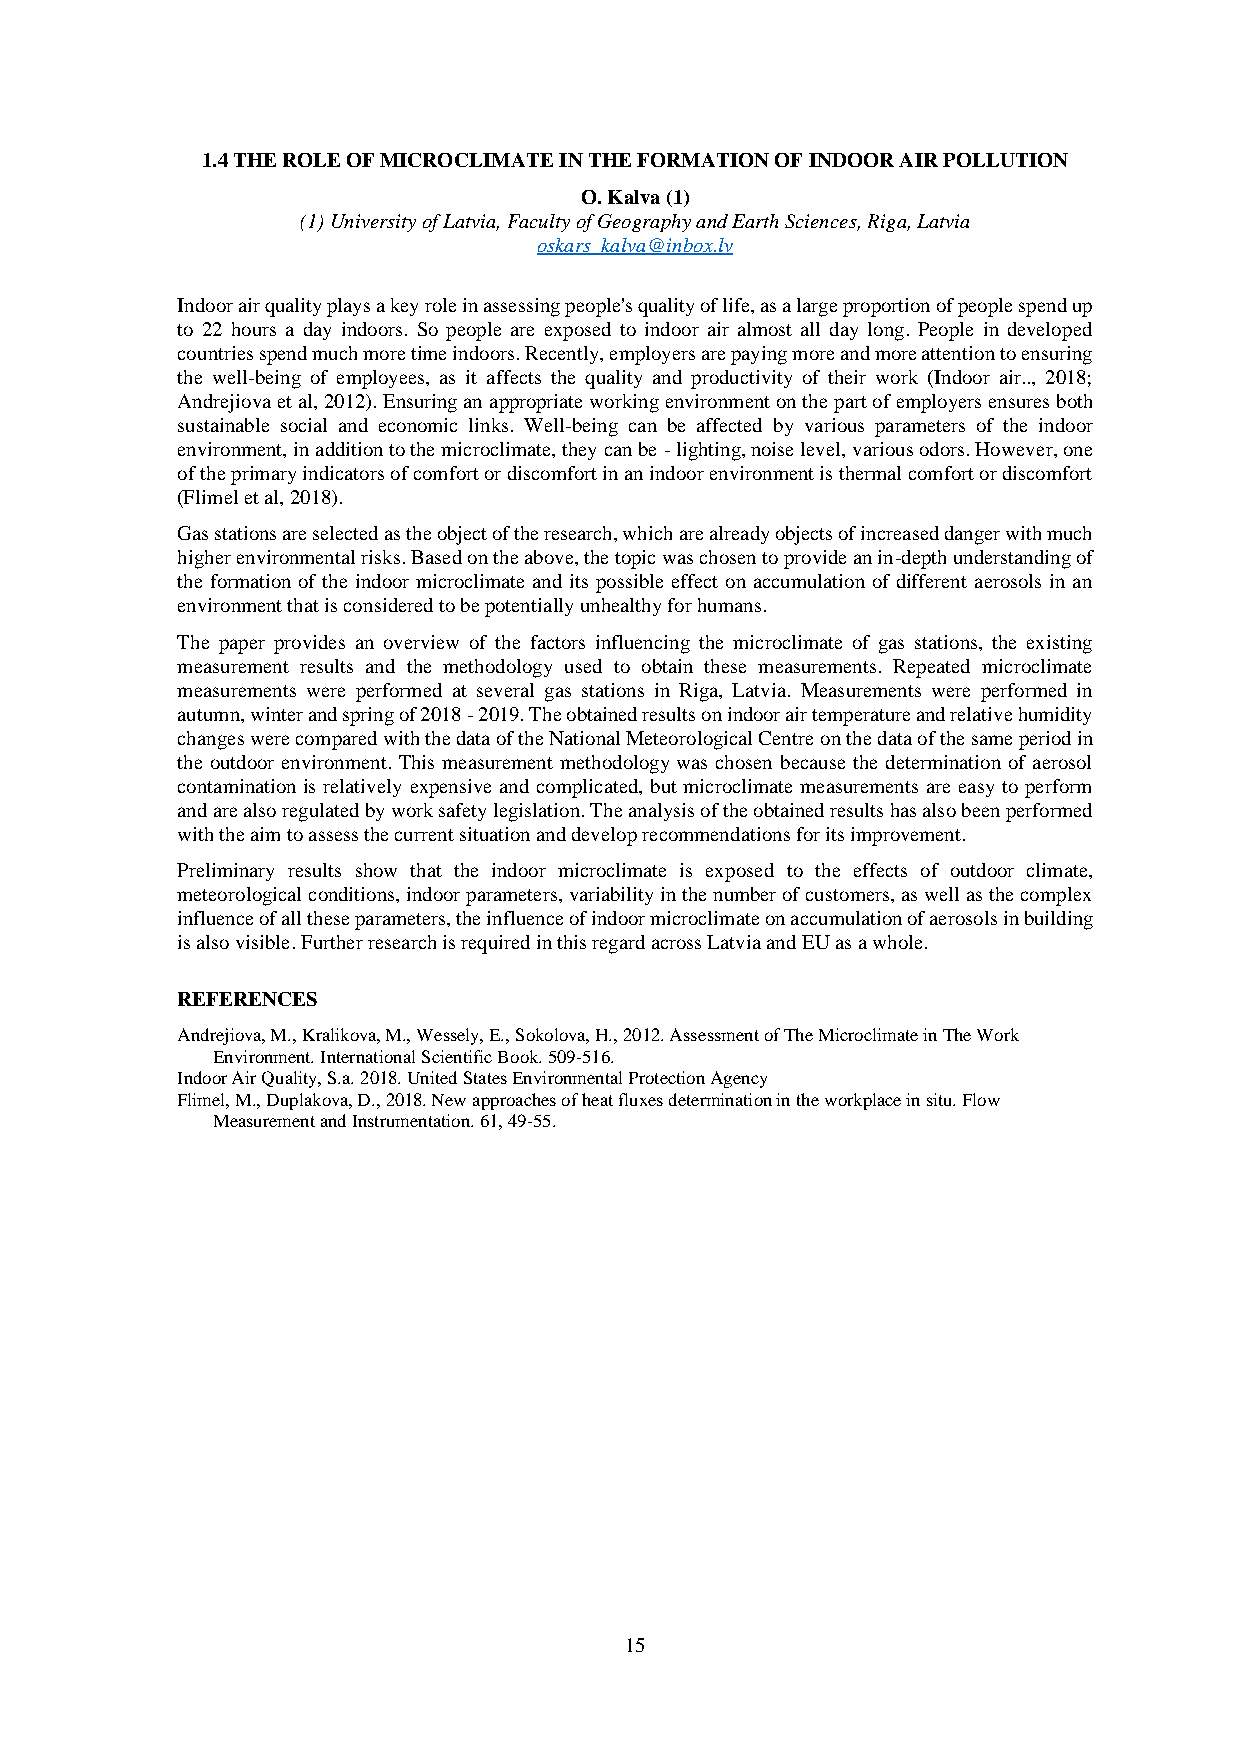
1.4 THE ROLE OF MICROCLIMATE IN THE FORMATION OF INDOOR AIR POLLUTION
 O. Kalva (1)
 (1) University of Latvia, Faculty of Geography and Earth Sciences, Riga, Latvia
 oskars_kalva@inbox.lv
 Indoor air quality plays a key role in assessing people's quality of life, as a large proportion of people spend up
 to 22 hours a day indoors. So people are exposed to indoor air almost all day long. People in developed
 countries spend much more time indoors. Recently, employers are paying more and more attention to ensuring
 the well-being of employees, as it affects the quality and productivity of their work (Indoor air.., 2018;
 Andrejiova et al, 2012). Ensuring an appropriate working environment on the part of employers ensures both
 sustainable social and economic links. Well-being can be affected by various parameters of the indoor
 environment, in addition to the microclimate, they can be - lighting, noise level, various odors. However, one
 of the primary indicators of comfort or discomfort in an indoor environment is thermal comfort or discomfort
 (Flimel et al, 2018).
 Gas stations are selected as the object of the research, which are already objects of increased danger with much
 higher environmental risks. Based on the above, the topic was chosen to provide an in-depth understanding of
 the formation of the indoor microclimate and its possible effect on accumulation of different aerosols in an
 environment that is considered to be potentially unhealthy for humans.
 The paper provides an overview of the factors influencing the microclimate of gas stations, the existing
 measurement results and the methodology used to obtain these measurements. Repeated microclimate
 measurements were performed at several gas stations in Riga, Latvia. Measurements were performed in
 autumn, winter and spring of 2018 - 2019. The obtained results on indoor air temperature and relative humidity
 changes were compared with the data of the National Meteorological Centre on the data of the same period in
 the outdoor environment. This measurement methodology was chosen because the determination of aerosol
 contamination is relatively expensive and complicated, but microclimate measurements are easy to perform
 and are also regulated by work safety legislation. The analysis of the obtained results has also been performed
 with the aim to assess the current situation and develop recommendations for its improvement.
 Preliminary results show that the indoor microclimate is exposed to the effects of outdoor climate,
 meteorological conditions, indoor parameters, variability in the number of customers, as well as the complex
 influence of all these parameters, the influence of indoor microclimate on accumulation of aerosols in building
 is also visible. Further research is required in this regard across Latvia and EU as a whole.
 REFERENCES
 Andrejiova, M., Kralikova, M., Wessely, E., Sokolova, H., 2012. Assessment of The Microclimate in The Work
 Environment. International Scientific Book. 509-516.
 Indoor Air Quality, S.a. 2018. United States Environmental Protection Agency
 Flimel, M., Duplakova, D., 2018. New approaches of heat fluxes determination in the workplace in situ. Flow
 Measurement and Instrumentation. 61, 49-55.
 15